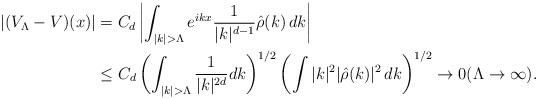
LaTeX: \begin{align*} |(V_\Lambda - V)(x)| &= C_d\left|\int_{|k|>\Lambda} e^{ikx}\frac{1}{|k|^{d-1}}\hat{\rho}(k)\, dk \right|\\ &\leq C_d\left(\int_{|k|>\Lambda} \frac{1}{|k|^{2d}} dk\right)^{1/2} \left(\int |k|^2 |\hat\rho(k)|^2\, dk \right)^{1/2} \to 0(\Lambda\to\infty).\end{align*}